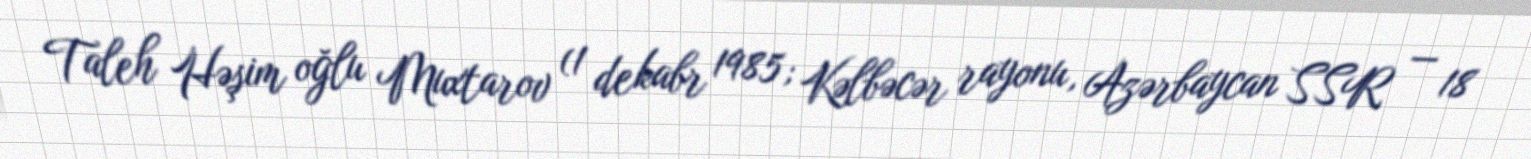
Taleh Həşim oğlu Muxtarov (1 dekabr 1985; Kəlbəcər rayonu, Azərbaycan SSR — 18